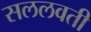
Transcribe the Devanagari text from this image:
सललवती